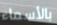
بالأسماء